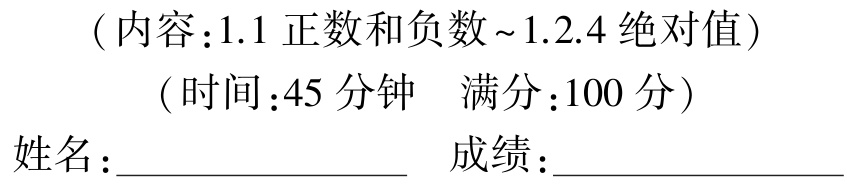
（内容：1.1 正数和负数～1.2.4 绝对值）
（时间：45 分钟 满分：100 分）
姓名：__________________ 成绩：__________________